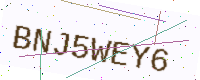
Text: BNJ5WEY6